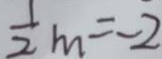
\frac { 1 } { 2 } m = - 2